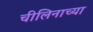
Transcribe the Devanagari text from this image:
चीलिनाच्या